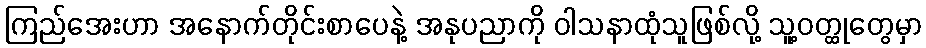
ကြည်အေးဟာ အနောက်တိုင်းစာပေနဲ့ အနုပညာကို ဝါသနာထုံသူဖြစ်လို့ သူ့ဝတ္ထုတွေမှာ